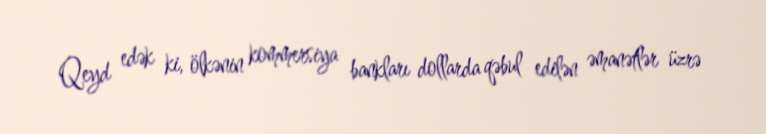
Qeyd edək ki, ölkənin kommersiya bankları dollarda qəbul edilən əmanətlər üzrə